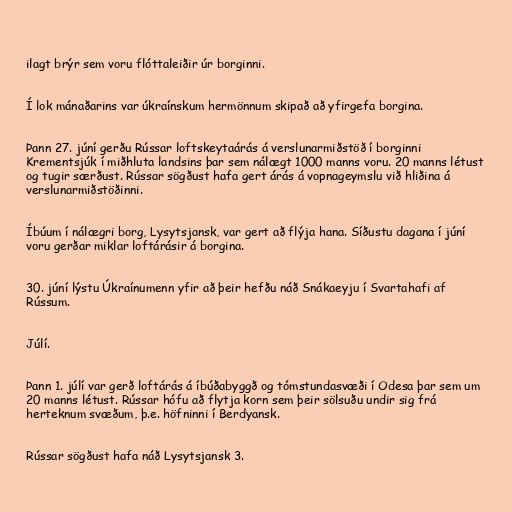
ilagt brýr sem voru flóttaleiðir úr borginni.

Í lok mánaðarins var úkraínskum hermönnum skipað að yfirgefa borgina.

Þann 27. júní gerðu Rússar loftskeytaárás á verslunarmiðstöð í borginni
Krementsjúk í miðhluta landsins þar sem nálægt 1000 manns voru. 20 manns létust
og tugir særðust. Rússar sögðust hafa gert árás á vopnageymslu við hliðina á
verslunarmiðstöðinni.

Íbúum í nálægri borg, Lysytsjansk, var gert að flýja hana. Síðustu dagana í júní
voru gerðar miklar loftárásir á borgina.

30. júní lýstu Úkraínumenn yfir að þeir hefðu náð Snákaeyju í Svartahafi af
Rússum.

Júlí.

Þann 1. júlí var gerð loftárás á íbúðabyggð og tómstundasvæði í Odesa þar sem um
20 manns létust. Rússar hófu að flytja korn sem þeir sölsuðu undir sig frá
herteknum svæðum, þ.e. höfninni í Berdyansk.

Rússar sögðust hafa náð Lysytsjansk 3.